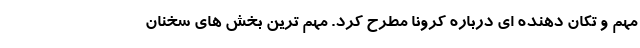
مهم و تکان دهنده ای درباره کرونا مطرح کرد. مهم ترین بخش های سخنان